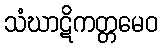
သံဃာဋိကတ္တမေဝ